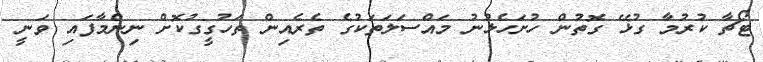
ޓޯޗާ ކުރުމާ ގުޅޭ ގޮތުން ހުށަހެޅުނު މައްސަލަތަކުގެ ތެރެއިން ތަހުގީގުކޮށް ނިންމާފައި ވަނީ